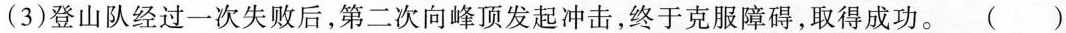
(3)登山队经过一次失败后，第二次向峰顶发起冲击，终于克服障碍，取得成功。()